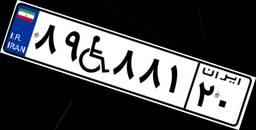
۸۹W۸۸۱۲۰